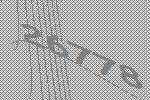
26778